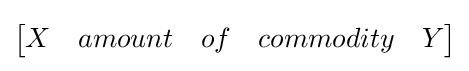
{\begin{bmatrix}X&amount&of&commodity&Y\end{bmatrix}}